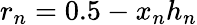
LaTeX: r_{n}=0.5-x_{n}h_{n}